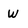
Character: W